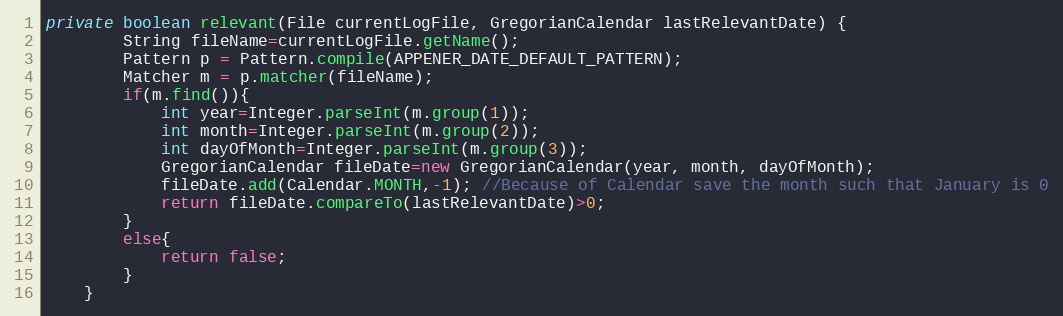
Language: Java
private boolean relevant(File currentLogFile, GregorianCalendar lastRelevantDate) {
		String fileName=currentLogFile.getName();
		Pattern p = Pattern.compile(APPENER_DATE_DEFAULT_PATTERN);
		Matcher m = p.matcher(fileName);
		if(m.find()){
			int year=Integer.parseInt(m.group(1));
			int month=Integer.parseInt(m.group(2));
			int dayOfMonth=Integer.parseInt(m.group(3));
			GregorianCalendar fileDate=new GregorianCalendar(year, month, dayOfMonth);
			fileDate.add(Calendar.MONTH,-1); //Because of Calendar save the month such that January is 0
			return fileDate.compareTo(lastRelevantDate)>0;
		}
		else{
			return false;
		}
	}